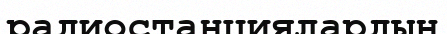
радиостанциялардың